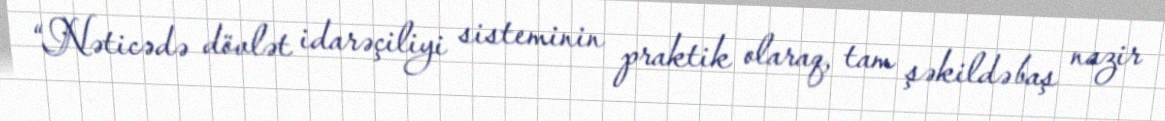
“Nəticədə dövlət idarəçiliyi sisteminin praktik olaraq, tam şəkildə baş nazir